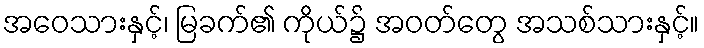
အဝေသားနှင့်၊ မြခက်၏ ကိုယ်၌ အဝတ်တွေ အသစ်သားနှင့်။